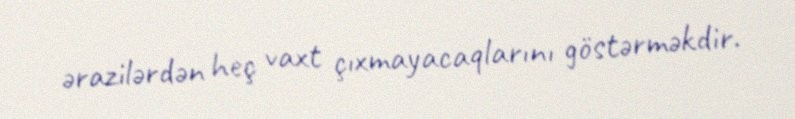
ərazilərdən heç vaxt çıxmayacaqlarını göstərməkdir.